Indian Medical Review
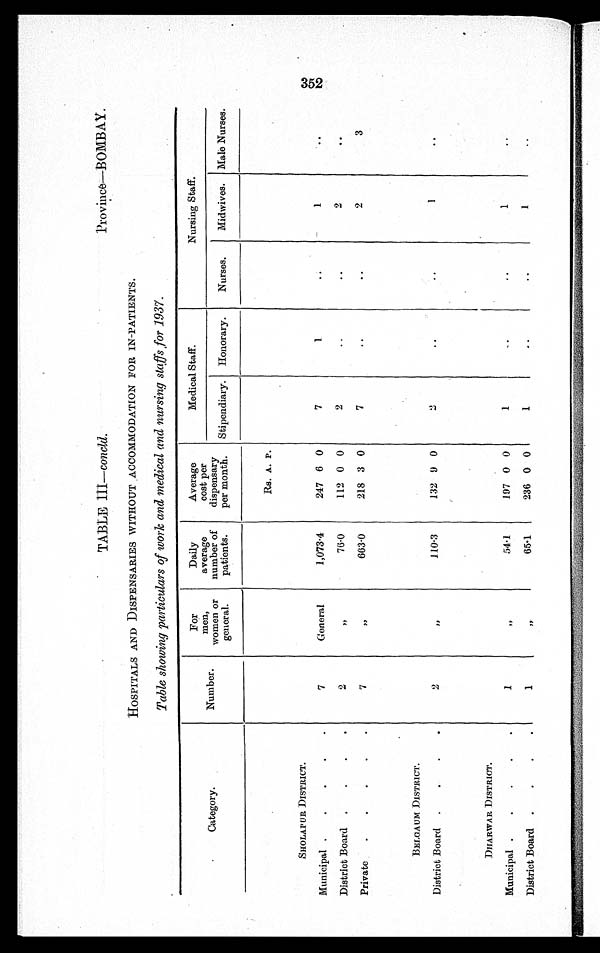
TABLE III— concld.
Province—B0MBAY.
HOSPITALS AND DISPENSARIES WITHOUT ACCOMMODATION FOR IN-PATIENTS.
Table showing particulars of work and medical and nursing staffs for 1937.
Categor y .
Number.
For
men,
women or
general.
Daily
average
number of
patients.
Average
cost per
dispensary
per month.
Medical Staff.
Nursing Staff.
Stipendiary. Honorary.
Nurses.
Midwives. Male Nurses.
Rs. A. P.
SHOLAPUR DISTRICT.
Municipal
7
General
1,073·4
247 6 0
7
1 ..
1
..
District Board
2
, ,
76·0
112 0 0
2
. .
..
2
..
Private
7
, ,
663·0
218 3 0
7
..
..
2
3
BELGAUM DISTRICT.
District Board
2
, ,
110·3
132 9 0
2
. .
. .
1
. .
DHARWAR DISTRICT.
Municipal
1
, ,
54·1
197 0 0
1
..
..
1
. .
District Board
1
, ,
65·1
236 0 0
1
..
..
1
..